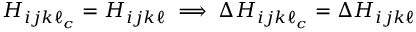
H _ { i j k \ell _ { c } } = H _ { i j k \ell } \implies \Delta H _ { i j k \ell _ { c } } = \Delta H _ { i j k \ell }